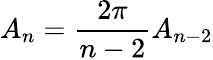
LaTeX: A_{n}={\frac{2\pi}{n-2}}A_{n-2}